DOW-UAP-D48, Department of the Air Force Report, 1996
Agency: Department of War
Incident date: 9/10/96
Page 61
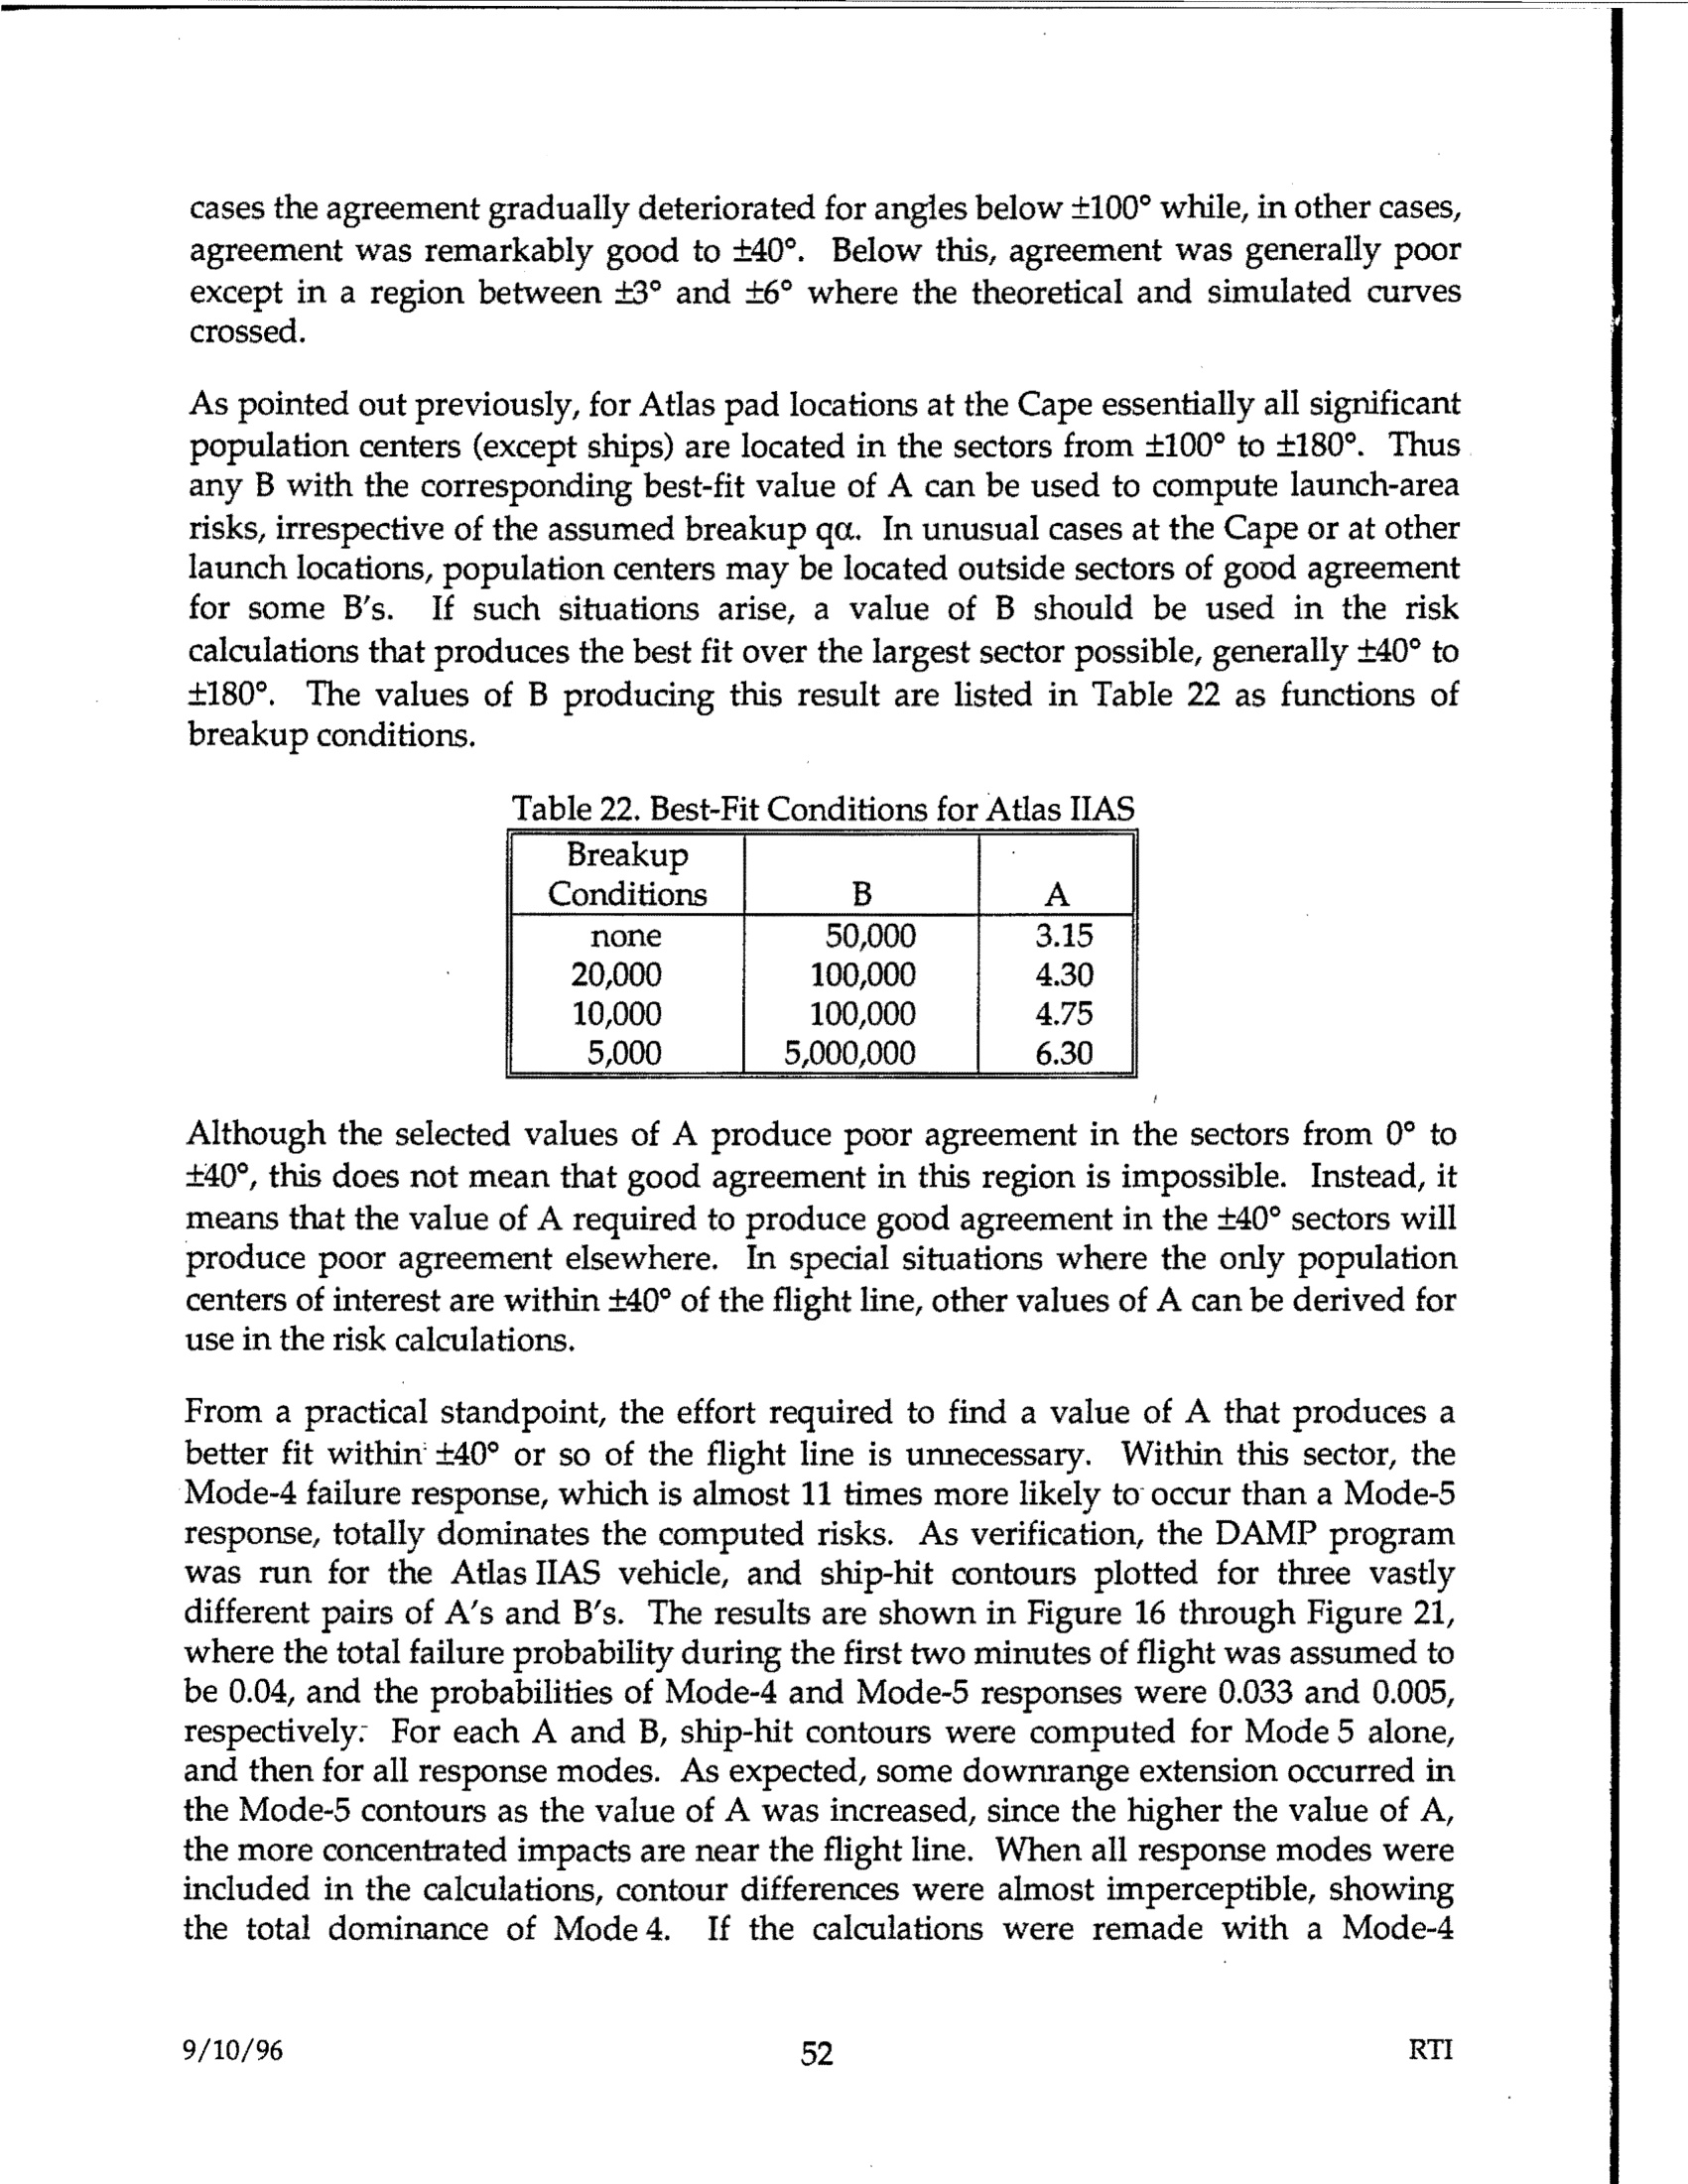